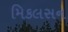
મિકલસન